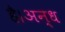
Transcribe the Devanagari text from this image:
है।अन्ध